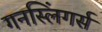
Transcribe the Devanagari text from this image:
गनस्लिंगर्स